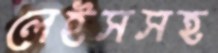
লেইসসহ